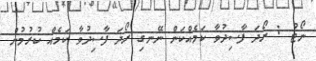
ނޯޓު : ރޯދަ ފާސިދުވާ ކަމެއްކަން ނޭނގި ރޯދަ ފާސިދުވާ ކަމެއް ކުރުމުން